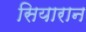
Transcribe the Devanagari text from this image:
सियारान